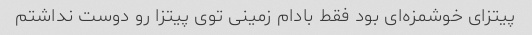
پیتزای خوشمزه‌ای بود فقط بادام زمینی توی پیتزا رو دوست نداشتم